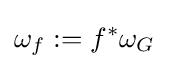
\omega _{f}:=f^{*}\omega _{G}